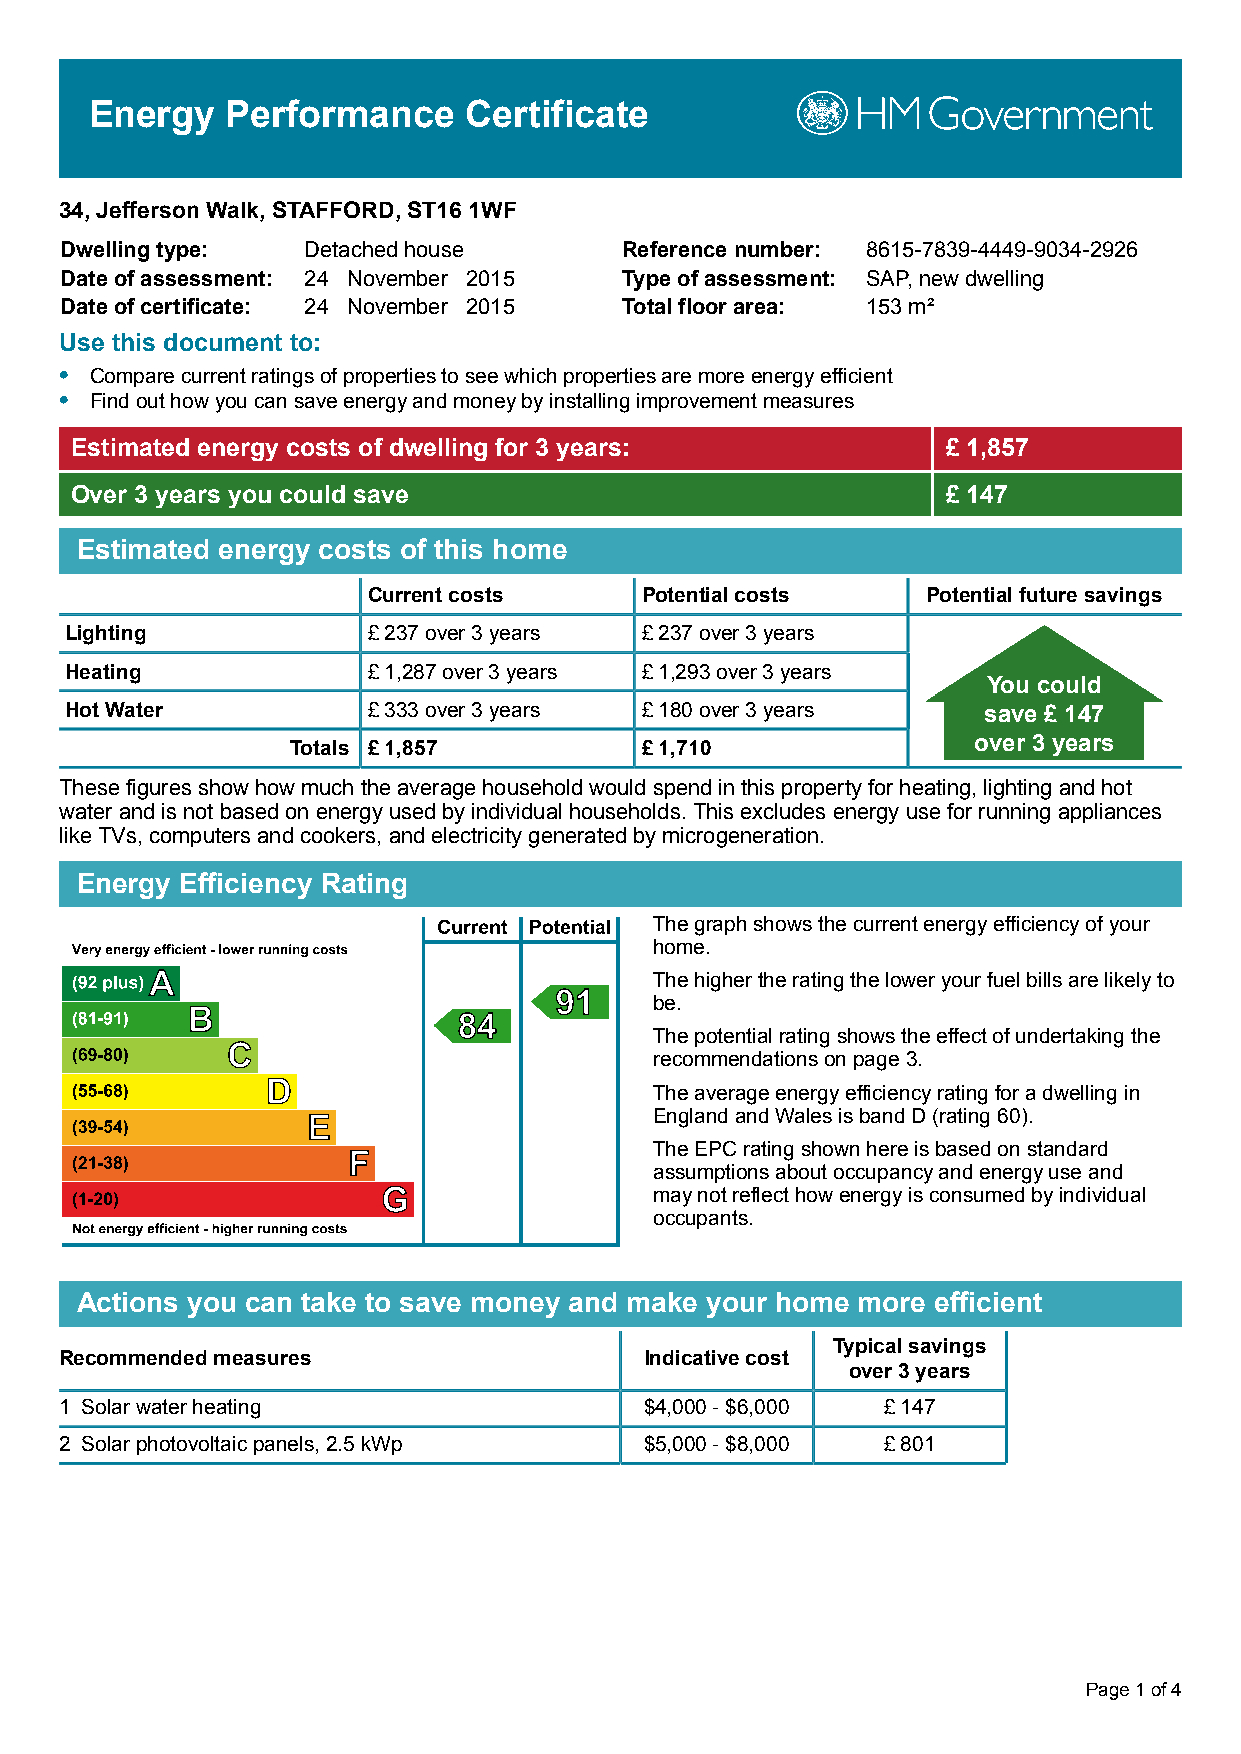
Energy   Performance     Certificate
 34, Jefferson Walk, STAFFORD, ST16 1WF
 Dwelling type:  Detached house       Reference number: 8615-7839-4449-9034-2926
 Date of assessment: 24 November 2015 Type of assessment: SAP, new dwelling
 Date of certificate: 24 November 2015 Total floor area: 153 m²
 Use this document to:
 • Compare current ratings of properties to see which properties are more energy efficient
 • Find out how you can save energy and money by installing improvement measures
 Estimated energy costs of dwelling for 3 years:           £ 1,857
 Over 3 years you could save                               £ 147
 Estimated energy costs of this home
 Current costs     Potential costs    Potential future savings
 Lighting            £ 237 over 3 years £ 237 over 3 years
 Heating             £ 1,287 over 3 years £ 1,293 over 3 years
 You could
 Hot Water           £ 333 over 3 years £ 180 over 3 years    save £ 147
 Totals £ 1,857         £ 1,710               over 3 years
 These figures show how much the average household would spend in this property for heating, lighting and hot
 water and is not based on energy used by individual households. This excludes energy use for running appliances
 like TVs, computers and cookers, and electricity generated by microgeneration.
 Energy Efficiency Rating
 The graph shows the current energy efficiency of your
 home.
 The higher the rating the lower your fuel bills are likely to
 be.
 The potential rating shows the effect of undertaking the
 recommendations on page 3.
 The average energy efficiency rating for a dwelling in
 England and Wales is band D (rating 60).
 The EPC rating shown here is based on standard
 assumptions about occupancy and energy use and
 may not reflect how energy is consumed by individual
 occupants.
 Actions you can take to save money and make your home more efficient
 Typical savings
 Recommended measures                   Indicative cost
 over 3 years
 1 Solar water heating                  $4,000 - $6,000 £ 147
 2 Solar photovoltaic panels, 2.5 kWp   $5,000 - $8,000 £ 801
 Page 1 of 4